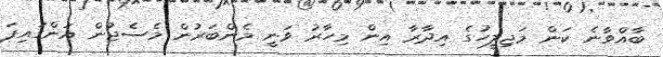
ބާއްވާނެ ކަން މަޖިލީހުގެ އިދާރާ އިން މިހާރު ވަނީ މެންބަރުން މެސެޖުން އަންގައިފަ